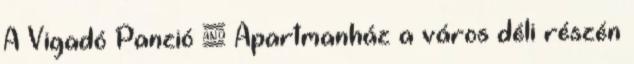
A Vigadó Panzió & Apartmanház a város déli részén